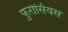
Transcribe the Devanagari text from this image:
फुरोसियस